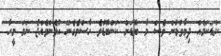
ކުޑަކަމެއް ދިމާވުމުން ވެސް މާ ބޮޑަށް ކަންބޮޑުވެ ހާސްވެގެން އުޅެންވެއްޖެ ނަމަ މީހާ